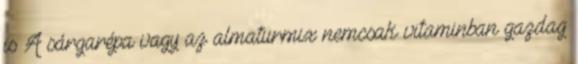
is A sárgarépa vagy az almaturmix nemcsak vitaminban gazdag